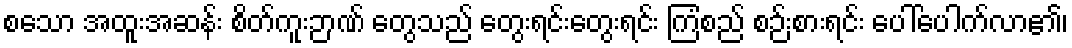
စသော အထူးအဆန်း စိတ်ကူးဉာဏ် တွေသည် တွေးရင်းတွေးရင်း ကြံစည် စဉ်းစားရင်း ပေါ်ပေါက်လာ၏၊